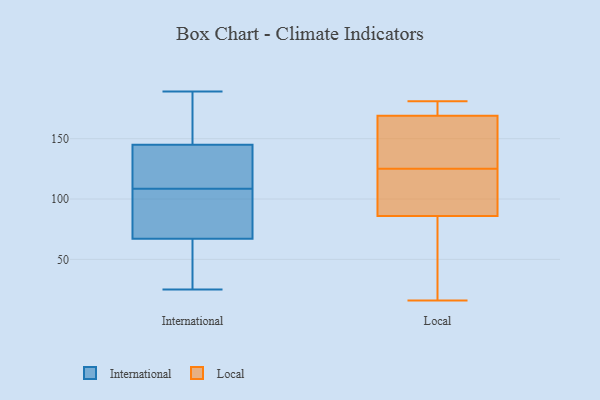
{"axis": {"x": "Humidity (%)", "y": "Value"}, "legend": ["International", "Local"], "data": [{"x": "", "y": 105, "type": "International"}, {"x": "", "y": 108, "type": "International"}, {"x": "", "y": 145, "type": "International"}, {"x": "", "y": 115, "type": "International"}, {"x": "", "y": 25, "type": "International"}, {"x": "", "y": 94, "type": "International"}, {"x": "", "y": 155, "type": "International"}, {"x": "", "y": 29, "type": "International"}, {"x": "", "y": 61, "type": "International"}, {"x": "", "y": 122, "type": "International"}, {"x": "", "y": 59, "type": "International"}, {"x": "", "y": 157, "type": "International"}, {"x": "", "y": 67, "type": "International"}, {"x": "", "y": 109, "type": "International"}, {"x": "", "y": 116, "type": "International"}, {"x": "", "y": 71, "type": "International"}, {"x": "", "y": 156, "type": "International"}, {"x": "", "y": 189, "type": "International"}, {"x": "", "y": 181, "type": "Local"}, {"x": "", "y": 92, "type": "Local"}, {"x": "", "y": 125, "type": "Local"}, {"x": "", "y": 176, "type": "Local"}, {"x": "", "y": 19, "type": "Local"}, {"x": "", "y": 166, "type": "Local"}, {"x": "", "y": 99, "type": "Local"}, {"x": "", "y": 166, "type": "Local"}, {"x": "", "y": 170, "type": "Local"}, {"x": "", "y": 16, "type": "Local"}, {"x": "", "y": 84, "type": "Local"}]}